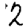
Digit: 2